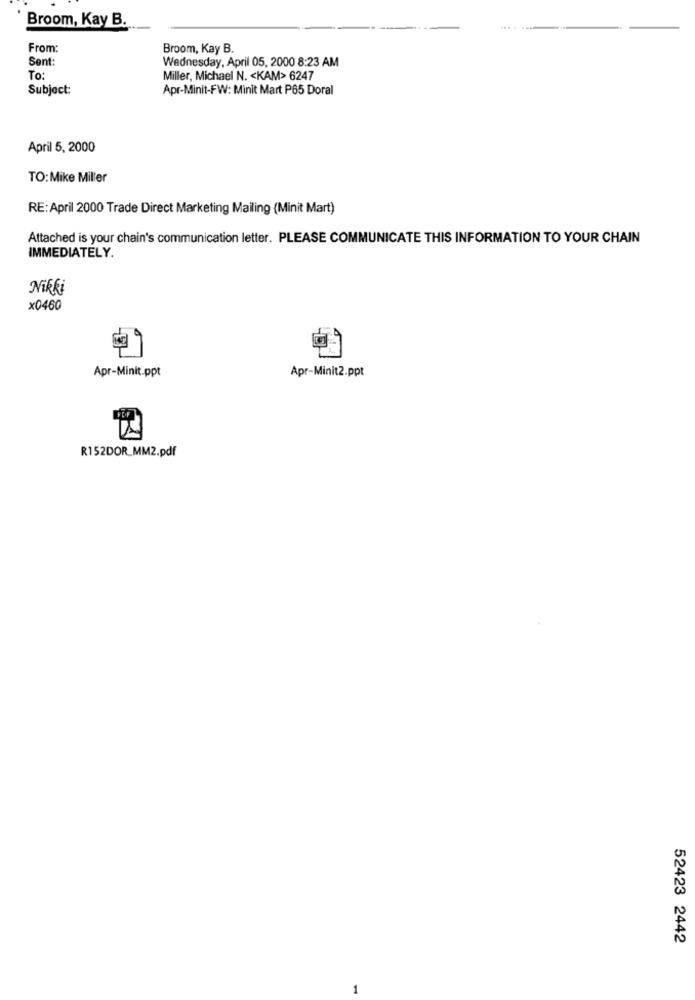
Broom, Kay B.
From:
Broom, Kay B.
Sent:
Wednesday, April 05, 2000 8:23 AM
To:
Miller, Michael N. < KAM> 6247
Subject:
Apr-Minit-FW: Minit Mart P65 Doral
April 5, 2000
TO:Mike Miller
RE: April 2000 Trade Direct Marketing Mailing (Minit Mart)
Attached is your chain's communication letter. PLEASE COMMUNICATE THIS INFORMATION TO YOUR CHAIN
IMMEDIATELY.
Nikki
x0460
Apr-Minit.ppt
Apr-Minit2.ppt
R152DOR_MM2.pdf
52423 2442